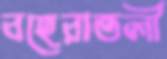
বহেরাতলী